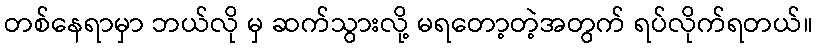
တစ်နေရာမှာ ဘယ်လို မှ ဆက်သွားလို့ မရတော့တဲ့အတွက် ရပ်လိုက်ရတယ်။